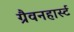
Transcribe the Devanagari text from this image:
ग्रैवनहार्स्ट